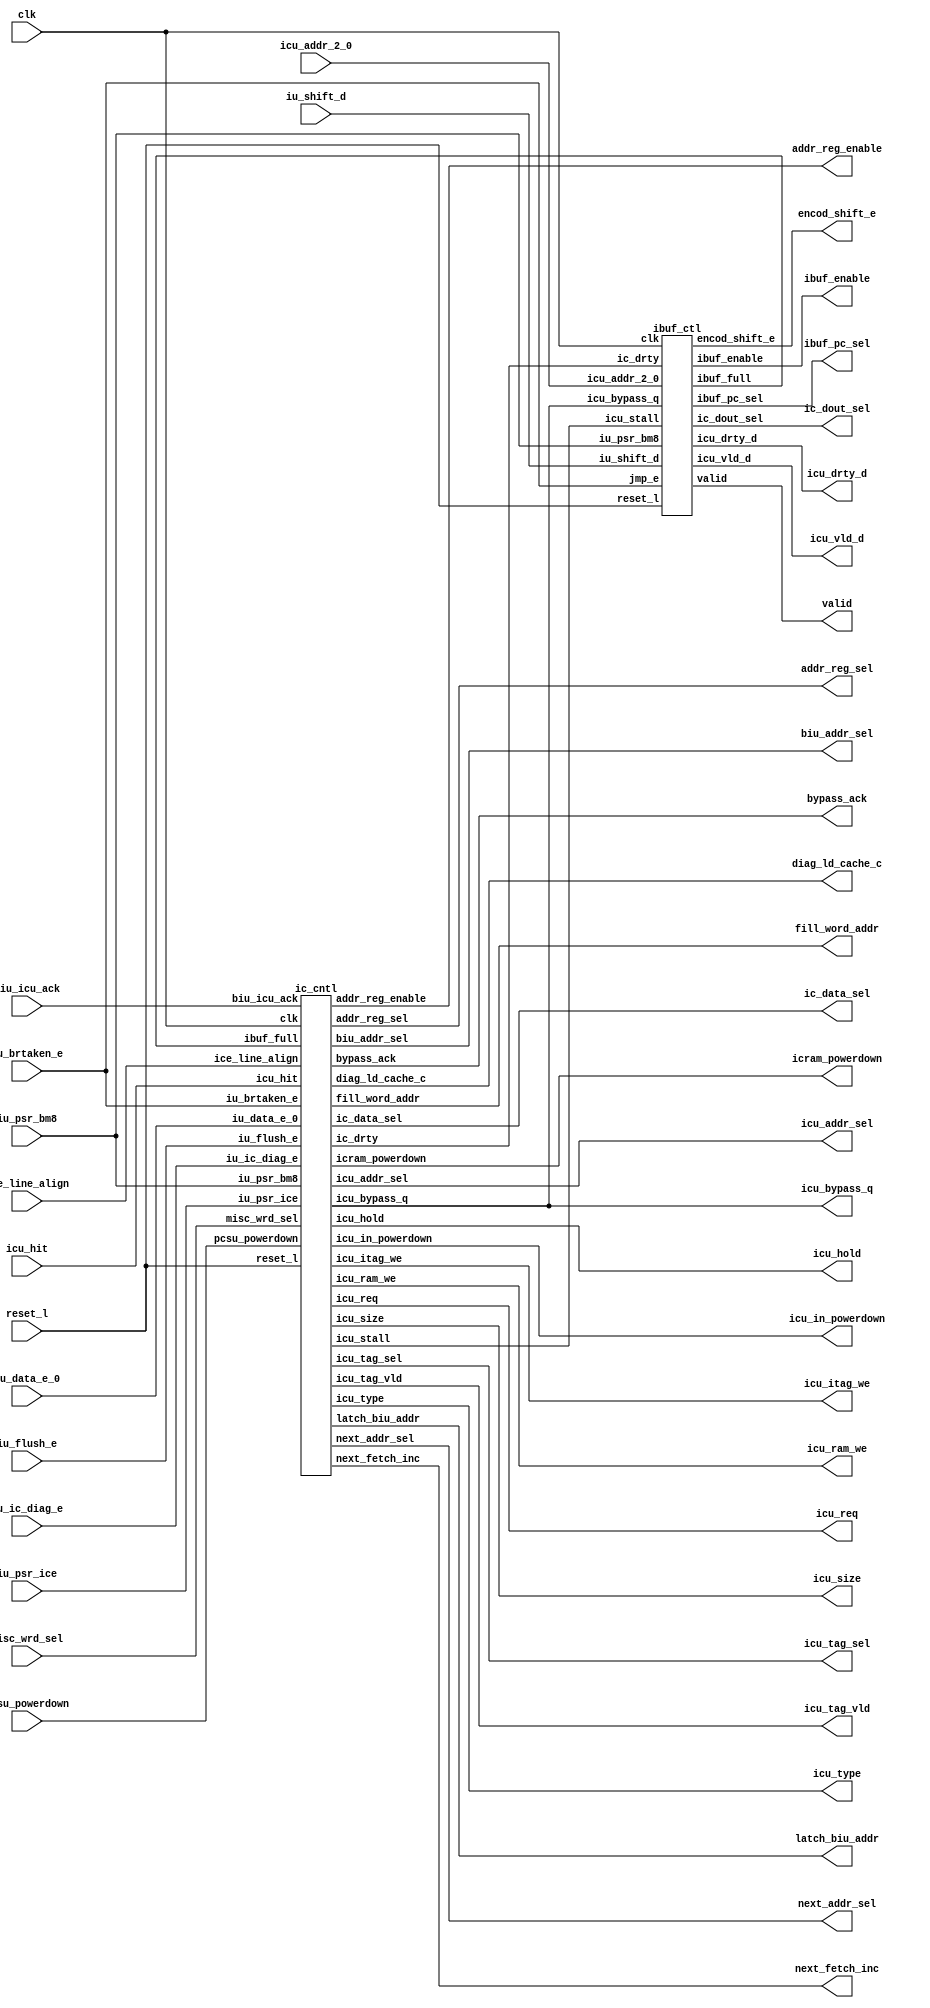
/****************************************************************
 ---------------------------------------------------------------
     Copyright 1999 Sun Microsystems, Inc., 901 San Antonio
     Road, Palo Alto, CA 94303, U.S.A.  All Rights Reserved.
     The contents of this file are subject to the current
     version of the Sun Community Source License, picoJava-II
     Core ("the License").  You may not use this file except
     in compliance with the License.  You may obtain a copy
     of the License by searching for "Sun Community Source
     License" on the World Wide Web at http://www.sun.com.
     See the License for the rights, obligations, and
     limitations governing use of the contents of this file.

     Sun, Sun Microsystems, the Sun logo, and all Sun-based
     trademarks and logos, Java, picoJava, and all Java-based
     trademarks and logos are trademarks or registered trademarks 
     of Sun Microsystems, Inc. in the United States and other
     countries.
 ----------------------------------------------------------------
******************************************************************/




module icctl (
    biu_icu_ack,       // input  (ic_cntl) <= ()
    clk,               // input  (ibuf_ctl,ic_cntl) <= ()
    icu_addr_2_0,      // input  (ibuf_ctl,ic_cntl) <= ()
    icu_hit,           // input  (ic_cntl) <= ()
    iu_brtaken_e,      // input  (ic_cntl) <= ()
    iu_data_e_0,       // input  (ic_cntl) <= ()
    iu_flush_e,        // input  (ic_cntl) <= ()
    iu_ic_diag_e,      // input  (ic_cntl) <= ()
    iu_psr_ice,        // input  (ic_cntl) <= ()
    iu_shift_d,        // input  (ibuf_ctl) <= ()
    reset_l,             // input  (ibuf_ctl,ic_cntl) <= ()
    pcsu_powerdown,    // input  (ic_cntl) <= ()	
    iu_psr_bm8,        // input  (ic_cntl, ibuf_ctl) <= (iu)
    next_fetch_inc,    // output (ic_cntl) => (icu_dpath)
    encod_shift_e,     // output (ibuf_ctl) => ()
    ibuf_pc_sel,       // output (ibuf_ctl) => ()
    icu_addr_sel,       // output (ic_cntl) => ()
    ibuf_enable,
    ic_data_sel,       // output (ic_cntl) => ()
    ic_dout_sel,       // output (ibuf_ctl) => ()
    icu_bypass_q,      // output (ic_cntl) => ()
    icu_drty_d,        // output (ibuf_ctl) => ()
    icu_itag_we,       // output (ic_cntl) => ()
    latch_biu_addr,    // output (ic_cntl) => ()
    icu_ram_we,        // output (ic_cntl) => ()
    icu_req,           // output (ic_cntl) => ()
    icu_size,          // output (ic_cntl) => ()
    icu_tag_sel,       // output (ic_cntl) => ()
    icu_tag_vld,       // output (ic_cntl) => ()
    icu_type,          // output (ic_cntl) => ()
    icu_vld_d,         // output (ibuf_ctl) => ()
    next_addr_sel,     // output (ic_cntl) => ()
    addr_reg_sel,     // output (ic_cntl) => ()
    addr_reg_enable,
    biu_addr_sel,     // output (ic_cntl) => ()
    diag_ld_cache_c,   // output (icctl) => (icu_dpath)
    icu_in_powerdown,  // output (icctl) => (pcsu)
    icram_powerdown,     // output (icctl) => (icu_dpath)	
    icu_hold,           // output (icctl) => (iu)
    valid,
    misc_wrd_sel,
    fill_word_addr,
    ice_line_align,
    bypass_ack
    );

input	[1:0]	biu_icu_ack;     // Acknowledge from biu that data from memory is available
input		clk;
input	[2:0]	icu_addr_2_0;    // bits 2:0 of icu_addr bus;
input		icu_hit;         // Icache Hit
input		iu_brtaken_e;    // branch taken in E stage
input		iu_data_e_0;     // bit 0 of iu data bus used for diagnostic writes
input		iu_flush_e;      // flush instruction in E stage
input	[3:0]	iu_ic_diag_e;    // diagnostic rd/wr to tags/ram
input		iu_psr_ice;      // Icache Enable in the PSR 
input	[7:0]	iu_shift_d;      // This tells how many times data should be	-- From iu
input		reset_l;
input           pcsu_powerdown;  // PCSU request for powerdown
input           iu_psr_bm8;      // 8 bit boot code enable from IU
input		ice_line_align;  //
output  [3:0]   next_fetch_inc;  // next_fetch_inc = 1, if iu_psr_bm8 is asserted,
                                 // otherwise next_fetch_inc = 4, if bypass
				 // next_fetch_inc = 8, if hit
output	[2:0]	encod_shift_e;   // Encoded value of registerd iu_shft_d to be used in ibuffer for
output	[1:0]	ibuf_pc_sel;     // This will select either the seq. pc or br pc -- To Ibuffer
output	[1:0]	icu_addr_sel;     // select addr input to the tags/data
output		ic_data_sel;     // select cache fill data or misc data for instruction ram
output	[11:0]	ic_dout_sel;     // These selcets will select one of the four 	-- To ibuff
output		icu_bypass_q;    // bypass data from the cache
output	[6:0]	icu_drty_d;      // Dirty outputs from the first 5 locations     -- To iu
output		icu_itag_we;     // Write enable to the tags
output		latch_biu_addr;  // cache miss
output  [1:0]	icu_ram_we;      // write enable to the inst ram
output		ibuf_enable;
output		icu_req;         // request memory on a cache miss
output	[1:0]	icu_size;        // size of transaction
output		icu_tag_sel;     // To select input to the tag ram. either mar or misc store.
output		icu_tag_vld;     // valid bit of the tag - to be written into tagram
output	[3:0]	icu_type;        // type of transaction
output	[6:0]	icu_vld_d;       // Valid outputs from the first 5 locations	-- To iu
output	[3:0]	next_addr_sel;   // select the correct next_addr to access cache
output	[1:0]	addr_reg_sel;   // select the correct next_addr to access cache
output		addr_reg_enable;   // select the correct next_addr to access cache
output	[1:0]	biu_addr_sel;
output		diag_ld_cache_c; // Diagnostic rd to ram
output          icu_in_powerdown;// ICU notifies PCSU it is ready for clock shut off.
output          icram_powerdown; // powerdown signal to RAM and TAG
output          icu_hold;        // hold iu pipe for diagnostic access when
                                 // there is outstanding transaction in ICU
output	[15:0]	valid;
input		misc_wrd_sel;
output	[1:0]	fill_word_addr;
output		bypass_ack;

wire		ibuf_full;
wire		ic_drty;
wire		icu_stall;
wire    [3:0]   next_fetch_inc;

ic_cntl ic_cntl (
    .icu_req       (icu_req),            // output (ic_cntl) => ()
    .icu_type      (icu_type[3:0]),      // output (ic_cntl) => ()
    .icu_size      (icu_size[1:0]),      // output (ic_cntl) => ()
    .icu_addr_sel  (icu_addr_sel[1:0]),   // output (ic_cntl) => ()
    .next_addr_sel (next_addr_sel[3:0]), // output (ic_cntl) => ()
    .addr_reg_sel   (addr_reg_sel), // output (ic_cntl) => ()
    .addr_reg_enable(addr_reg_enable), // output (ic_cntl) => ()
    .biu_addr_sel  (biu_addr_sel[1:0]),  // output (ic_cntl) => ()
    .ic_data_sel   (ic_data_sel),        // output (ic_cntl) => ()
    .icu_tag_sel   (icu_tag_sel),        // output (ic_cntl) => ()
    .ic_drty       (ic_drty),            // output (ic_cntl) => (ibuf_ctl)
    .icu_stall     (icu_stall),          // output (ic_cntl) => (ibuf_ctl)
    .icu_tag_vld   (icu_tag_vld),        // output (ic_cntl) => ()
    .icu_itag_we   (icu_itag_we),        // output (ic_cntl) => ()
    .icu_ram_we    (icu_ram_we[1:0]),    // output (ic_cntl) => ()
    .icu_bypass_q  (icu_bypass_q),       // output (ic_cntl) => ()
    .latch_biu_addr (latch_biu_addr),	 // output (ic_cntl) => ()
    .diag_ld_cache_c(diag_ld_cache_c),   // output (ic_cntl) => (icu_dpath)
    .icu_in_powerdown (icu_in_powerdown),// output (ic_cntl) => ()
    .icram_powerdown (icram_powerdown),	 // output (ic_cntl) => ()
    .icu_hold      (icu_hold),           // output (ic_cntl) => ()
    .iu_ic_diag_e  (iu_ic_diag_e[3:0]),  // input  (ic_cntl) <= ()
    .biu_icu_ack   (biu_icu_ack[1:0]),   // input  (ic_cntl) <= ()
    .iu_psr_ice    (iu_psr_ice),         // input  (ic_cntl) <= ()
    .iu_brtaken_e  (iu_brtaken_e),       // input  (ic_cntl) <= ()
    .iu_flush_e    (iu_flush_e),         // input  (ic_cntl) <= ()
    .ibuf_full     (ibuf_full),          // input  (ic_cntl) <= (ibuf_ctl)
    .icu_hit       (icu_hit),            // input  (ic_cntl) <= ()
    .iu_data_e_0   (iu_data_e_0),        // input  (ic_cntl) <= ()
    .pcsu_powerdown(pcsu_powerdown),     // input  (ic_cntl) <= ()
    .next_fetch_inc(next_fetch_inc),     // output (ic_cntl) =>(icu_dpath)
    .iu_psr_bm8	   (iu_psr_bm8),         // input  (ic_cntl,ibuf_ctl) <=(iu)
    .misc_wrd_sel  (misc_wrd_sel),	 // input  
    .fill_word_addr (fill_word_addr),	 // output	
    .ice_line_align(ice_line_align),
    .bypass_ack    (bypass_ack),
    .clk           (clk),                // input  (ibuf_ctl,ic_cntl) <= ()
    .reset_l       (reset_l)             // input  (ibuf_ctl,ic_cntl) <= ()
    );

ibuf_ctl ibuf_ctl (
    .ic_drty       (ic_drty),            // input  (ibuf_ctl) <= (ic_cntl)
    .ibuf_enable   (ibuf_enable),        // input  (ibuf_ctl) <= (ic_cntl)
    .icu_stall	   (icu_stall),
    .ic_dout_sel   (ic_dout_sel[11:0]),  // output (ibuf_ctl) => ()
    .icu_vld_d     (icu_vld_d[6:0]),     // output (ibuf_ctl) => ()
    .icu_drty_d    (icu_drty_d[6:0]),    // output (ibuf_ctl) => ()
    .ibuf_full     (ibuf_full),          // output (ibuf_ctl) => (ic_cntl)
    .iu_shift_d    (iu_shift_d[7:0]),    // input  (ibuf_ctl) <= ()
    .encod_shift_e (encod_shift_e[2:0]), // output (ibuf_ctl) => ()
    .icu_addr_2_0  (icu_addr_2_0[2:0]),  // input  (ibuf_ctl,ic_cntl) <= ()
    .ibuf_pc_sel   (ibuf_pc_sel[1:0]),   // output (ibuf_ctl) => ()
    .reset_l       (reset_l),            // input  (ibuf_ctl,ic_cntl) <= ()
    .jmp_e         (iu_brtaken_e),       // input  (ibuf_ctl) <= (ic_cntl)
    .valid	   (valid),
    .iu_psr_bm8    (iu_psr_bm8),         // input  (ibuf_ctl,ic_cntl) <= (iu)
    .icu_bypass_q  (icu_bypass_q),       // input  (ibuf_ctl) <= (ic_cntl)
    .clk           (clk)                 // input  (ibuf_ctl,ic_cntl) <= ()
    );


endmodule // icctl


module  ic_cntl(
	icu_addr_sel,
	next_addr_sel,
	addr_reg_sel,
	addr_reg_enable,
	biu_addr_sel,
	icu_tag_sel,
	ic_data_sel,
	icu_req,
	icu_type,
	icu_size,
	ic_drty,
	icu_stall,
	icu_tag_vld,
	icu_itag_we,
	icu_ram_we,
	icu_bypass_q,
	latch_biu_addr,
        diag_ld_cache_c,
  	fill_word_addr,
        icu_in_powerdown,
        icram_powerdown,
        next_fetch_inc, 

	// INPUTS
	iu_psr_bm8,
	iu_psr_ice,
	iu_flush_e,
	iu_ic_diag_e,
	iu_brtaken_e,
	ibuf_full,
	iu_data_e_0,
	icu_hit,
	biu_icu_ack,
        pcsu_powerdown,
	icu_hold,
	misc_wrd_sel,
	ice_line_align,
	bypass_ack,
	clk,
	reset_l
	);
	


output			icu_req;	// request memory on a cache miss
output	[3:0]		icu_type;	// type of transaction
output	[1:0]		icu_size;	// size of transaction
output	[1:0]		icu_addr_sel;	// select addr input to the tags/data
output	[3:0]		next_addr_sel;	// select the correct next_addr to access cache
output	[1:0]		addr_reg_sel;	// select the correct next_addr to access cache
output			addr_reg_enable;// enable to icu_addr_d1 latch
output  [1:0]           biu_addr_sel;
output			ic_data_sel;	// select cache fill data or misc data for instruction ram
output			icu_tag_sel;	// To select input to the tag ram. either mar or misc store.
output			ic_drty;	// Error acknowledge returned by memory
output			icu_stall;	// Stall to iu pipe for diagnostic rd/writes
output			icu_tag_vld;	// valid bit of the tag - to be written into tagram
output			icu_itag_we;	// Write enable to the tags
output	[1:0]		icu_ram_we;	// write enable to the inst ram
output			icu_bypass_q;	// bypass data from the cache
output			latch_biu_addr; // latch the memory addr (in case of cache miss)
output                  diag_ld_cache_c;// diagnostic rd to ram
output	[1:0]		fill_word_addr; //  word addr during fill
output                  icu_in_powerdown;// ICU notifies PCSU it is ready for clock shut off.
output                  icram_powerdown;// powerdown signal to RAM and TAG
output  [3:0]           next_fetch_inc; // next_fetch_inc = 1, if iu_psr_bm8 is asserted,
                                        // otherwise next_fetch_inc = 4, if bypass, 8, if hit
output			icu_hold;       // hold iu pipe for diagnostic access when
					// there is outstanding transaction in ICU 
input           	iu_psr_bm8;     // 8 bit boot code enable from IU
input	[3:0]		iu_ic_diag_e;	// diagnostic rd/wr to tags/ram
input	[1:0]		biu_icu_ack;	// Acknowledge from biu that data from memory is available
input			iu_psr_ice;	// Icache Enable in the PSR 
input			iu_brtaken_e;	// branch taken in E stage
input			iu_flush_e;	// flush instruction in E stage
input			ibuf_full;	// Ibuffer is full. (icache should go idle)
input			icu_hit;	// Icache Hit
input			iu_data_e_0;	// bit 0 of iu data bus used for diagnostic writes
input                   pcsu_powerdown; // PCSU request for powerdown
input			misc_wrd_sel;
input			ice_line_align;
output			bypass_ack;
input			clk;
input			reset_l;

wire			normal_ack;
wire			second_fill_cyc;
wire 			third_fill_cyc;
wire			fourth_fill_cyc;
wire			nc_fill_cyc;
wire			error_ack;
reg	[6:0]		ic_miss_state;
wire	[6:0]		next_miss_state;
wire			valid_diag_e;
wire			valid_diag_c;
wire			icu_miss;
wire			ic_idle;
wire			diag_st_cache_e;
wire			diag_ld_cache_e;
wire			diag_st_tag_e;
wire			diag_ld_tag_e;
wire			set_stall ;
wire			cache_fill_cyc;
wire			stall_valid;
wire			reset_d1_l ;
wire			jmp_e;
wire			fourth_fill_cyc_d1;
wire			nc_fill_cyc_d1;
wire			ic_idle_d1;
wire                    icram_powerdown;
wire 	[3:0]		next_fetch_inc;
wire 			qual_iu_flush_e; 
wire			icu_hold;
wire			nc_req;
wire			ic_req;
wire 			cacheable;
wire 			qual_iu_psr_ice;
wire 			qual_iu_psr_ice_q;
wire			icu_bypass_q;
wire			standby_d1;
wire			new_psr_ice;

// *****************************************************************************
// 
// iu_psr_ice does not become effective until the subsequent icu_addr_d1 
// becomes aligned on line boundary( ice_line_align=(icu_addr_d1[3:0] == 4'h0) ).
// This simplifies the ibuffer new_valid equations because with ice_line_align  
// used to qualify iu_psr_ice there should be no need to align the cached data 
// to fill the ibuffer in the middle. This corner case occurs in a scenario:
//
// The cache is on while ibuf's PC is on 2nd or 4th word. After the line has been 
// filled to I$, the 2nd or 4th word needs to be aligned and filled to Ibuffer.    
// This kind of alignment complicates the new_valid equations and verification
// work.  
// 
// With qual_iu_psr_ice, if there is any alignment, it must be caused by branch
// or trap and the data always fill from the first byte of the ibuffer. 
//
// ******************************************************************************


// qual_iu_psr_ice changes only when there is a fetch address in cache access
// stage along a cache line boundary.
wire    qual_iu_psr_ice_sel = ic_idle& ice_line_align & !valid_diag_c&!nc_fill_cyc_d1&!fourth_fill_cyc_d1;
assign  qual_iu_psr_ice = qual_iu_psr_ice_sel ? new_psr_ice : qual_iu_psr_ice_q;
 
// Latch the new PSR bit only when in idle.
ff_sre  iu_psr_ice_reg (    		.out(new_psr_ice),
                                        .din(iu_psr_ice),
                                        .clk(clk),
					.enable(ic_idle),
                                        .reset_l(reset_l)
                                        );

mj_s_ff_snr_d  qual_iu_psr_ice_reg (    .out(qual_iu_psr_ice_q),
                                        .in(qual_iu_psr_ice),
                                        .clk(clk),
                                        .reset_l(reset_l)
                                        );
 

wire    valid_diag_window  = valid_diag_e | valid_diag_c;

// **************************************************************
//
// Icu_hold is generated to hold iu pipe for diagnostic access 
// when there is outstanding transaction in ICU.
// 
// **************************************************************

assign  icu_hold = (|iu_ic_diag_e[3:0] | (iu_flush_e & iu_psr_ice ))
                    & !ic_idle;


// **************************************************************
//
// iu_flush_e needs to be qualified by iu_psr_ice
// iu_flush_e is treated as a nop if iu_psr_ice is set to zero
// iu_flush_e also needs to be qualified by ic_idle since the 
// Icache flush can only be carried out when there is no 
// outstanding ICU transaction.
//
// **************************************************************

assign qual_iu_flush_e= iu_flush_e & iu_psr_ice & ic_idle;

// temp connection
// assign pcsu_powerdown = 1'b0;

// **************************************************************
//
// 8 Bit Boot Code Mode: 
//
// To perform boot mode correctly you need to be 
// aware of the following pitfalls:
// 
// 1. The execution of the priv_write_prs instruction 
//    disables the boot mode. So, do NOT use the priv_write_prs 
//    instruction until after the branch to non-boot memory 
//    location occurs.
//
// 2. To execute the priv_write_prs without modifing the 
//    content, you need issue priv_read_prs before 
//    priv_write_prs. So, use these two instructions as a pair   
//    to perform disabling Boot Mode.
//
// 3. The pair MUST start at word boundary.
//
// 4. Four Nops are required to inserted after the priv_write_prs
//    in order to recover from boot mode to word acccess.   
//
// 5. The pj_boot8 pin needs to tied to HIGH.
//    
// To summarize the usage, the boot code should be written in the 
// style shown as below:
//
// (8 bit PROM)
// Boot_Start:  Instruction_1
//              Instruction_2
//              ...
//              goto Application  // Application program must
//                                // begin at word boundary
//
// (Non-boot Memory)
// Application: priv_read_reg_psr  // To avoid modifing psr,the
//                                 // content of psr is pushed
//		sipush 0xBFFF      // Zero the bit 14 (PSR.BM8)
//    		iand		   //
//              priv_write_reg_psr // Then disable boot mode by
//                                 // poping the content to psr
//
//              nop                // 4 nops are inserted to
//              nop                // recover from boot mode to 
//	        nop		   // word acccess
//              nop
//
// **************************************************************

assign next_fetch_inc =  iu_psr_bm8     ? 4'b0001: 
                         !qual_iu_psr_ice ? 4'b0100 : 4'b1000;  

// Decode of Various signals
assign	valid_diag_e = qual_iu_flush_e | iu_ic_diag_e[3] | iu_ic_diag_e[2] | 
                       iu_ic_diag_e[1] | iu_ic_diag_e[0] ;

// **************************************************************
// diag_xx_xxx_e 
//
// The following diag_xx_xxx_e signals need to be qualified by 
// ic_idle because the diagnostic access can only be carried out 
// when there is no outstanding ICU transaction.
// **************************************************************

wire    diag_ld_c;
assign  diag_st_cache_e = iu_ic_diag_e[3]& ic_idle;
assign  diag_ld_cache_e = iu_ic_diag_e[2]& ic_idle;
assign  diag_st_tag_e   = iu_ic_diag_e[1]& ic_idle;
assign  diag_ld_tag_e   = iu_ic_diag_e[0]& ic_idle;

mj_s_ff_snr_d  diag_ld_c_reg (	.out(diag_ld_c),
				.in(diag_ld_cache_e|diag_ld_tag_e),
		                .clk(clk),
                      		.reset_l(reset_l)
				);

// Generate a miss only if in idle state and no diagnostic rd/wr in C stage.
// diagnostics should not generate any misses. but , at the same time they
// should generate a stall for ibuffer, so that it ignores data on the bus to 
// ibuffer.

// *** NOTE ***
// To suppress cache enable during the boot mode qual_iu_psr_ice needs to be
// negated by iu_psr_bm8.

assign  icu_miss =  (!qual_iu_psr_ice |iu_psr_bm8 | (!icu_hit) )
		    & ic_idle & !valid_diag_c&!fourth_fill_cyc_d1&!nc_fill_cyc_d1&!ic_drty;

// we latch on a miss or if there is a diagnostic rd/wr in c stage. we dont
// want to latch that address, as it is not in the instruction code flow.

// Note: latch_biu_addr means close biu_addr register. We use !latch_biu_addr
//       to latch the new icu_addr. So icu_miss is removed.


assign	fill_word_addr[1] = ic_miss_state[4] | ic_miss_state[5];
assign	fill_word_addr[0] = ic_miss_state[3] | ic_miss_state[5];

assign latch_biu_addr =   valid_diag_c | !ic_idle  ;

assign	normal_ack = biu_icu_ack[0] & !biu_icu_ack[1] ;
assign	error_ack  = biu_icu_ack[1] ;
assign  bypass_ack = normal_ack | error_ack;

// Delay ic_drty by one clock, as data

mj_s_ff_s_d  ic_drty_reg (	.out(ic_drty),
				.in(biu_icu_ack[1]),
                      		.clk(clk)
				);

// Delay ic_miss_state[2] by one clock to qualify icu_req 


mj_s_ff_snr_d  diag_ld_cache_c_reg (	.out(diag_ld_cache_c),
                        		.in(diag_ld_cache_e),
                        		.clk(clk),
                        		.reset_l(reset_l)
					);

mj_s_ff_snr_d  valid_diag_c_reg (	.out(valid_diag_c),
					.in(valid_diag_e),
					.clk(clk),
					.reset_l(reset_l)
					);

mj_s_ff_s_d  reset_reg (	.out(reset_d1_l),
	                        .in(reset_l),
	                        .clk(clk)
				);


// Generation of Mux selects
// Decreasing Priority for address buses
// 1. Reset 
// 2. Cache fill
// 3. Valid Diagnostic in E stage
// 4. Stalled branch/Trap pc
// 5. trap/branch 
// 6. ibuffer full
// 7. next sequential pc

// Select br_pc or next_addr. if I$ miss handling in progress, branch gets
// lower priority.
assign	icu_addr_sel[1]	=  jmp_e&(ic_idle&reset_d1_l);
assign	icu_addr_sel[0]	= ~icu_addr_sel[1];

// Mux used to latch the next sequential addr or branch addr.
assign	addr_reg_sel[1]	=  jmp_e;
assign	addr_reg_sel[0]	=  ~jmp_e;	

// used to latch branch addr or next sequential addr.
// latch contents if standby,ibuffer is full or diagnostic ld/st or I$ miss when I$ is On.
// we reissue the addr after fill is done. For noncacheable, the data is directly given to
// ibuffer.
assign	addr_reg_enable =  jmp_e | !( standby_d1|ibuf_full|valid_diag_window | !ic_idle |icu_miss |
				stall_valid | fourth_fill_cyc_d1);

// select cache fill address for reset or when not in idle mode
// select iu_addr_e for diagnostic rd/wr
// reissue addr for branch pending,ibuffer full, for cycle after cache misses,or valid diagnostic.
// else next addr.
// note: diagnostics in E and C freeze the fetch pipe.once the diagnostic rd/wr is done,we continue
// with the same fetch in C

assign	next_addr_sel[3] = ~reset_d1_l | !ic_idle ;
assign	next_addr_sel[2] = valid_diag_e&ic_idle&reset_d1_l;
assign	next_addr_sel[1] = (stall_valid|ibuf_full| fourth_fill_cyc_d1|valid_diag_c)&reset_d1_l&ic_idle&~valid_diag_e;
assign	next_addr_sel[0] = ~stall_valid&~ibuf_full&reset_d1_l&ic_idle&~valid_diag_e&~fourth_fill_cyc_d1;


assign  biu_addr_sel[1]  = ic_miss_state[2]|(ic_idle&cacheable);
assign  biu_addr_sel[0]  = !biu_addr_sel[1];

// Generation of Stall valid 
// When a branch is taken or trap occurs and icache is busy doing a cache fill,
// we stall the branch till the fill is done and then the branch is taken.
// to keep track of the jump, we use signal stall_valid

// Generation of standby_d1:
// If Powerdown occurs at idle state, after powerdown ends 
// the state machine enters idle state again, The assertion of !icu_stall 
// should be inhibited by asserting set_stall because no valid data is available.   
// 
// However if powerdown occurs on executing goto within a line , then
// after powerdown ends the state machine enters idle state and generates 
// !icu_stall because the pending goto has a hit. 
// The assertion of !icu_stall should NOT be inhibited for this case.   


mj_s_ff_s_d  standby_d1_reg (	.out(standby_d1),
                                .in(icu_in_powerdown),
                                .clk(clk)
				);

assign	set_stall =  (iu_brtaken_e) & !ic_idle | 
                     (stall_valid & !ic_idle);

// Generation of miss due to branch or trap

mj_s_ff_snr_d  set_stall_reg (	.out(stall_valid),
			        .in(set_stall),
			        .clk(clk),
			        .reset_l(reset_l)
				);

assign	jmp_e	= iu_brtaken_e;

// Select input to tag ram
// when there is data coming back from memory, select MAR for tag input
assign	icu_tag_sel = normal_ack | (ic_idle & !valid_diag_e) ;

// select input to inst ram
// when there is data coming back from memory, select biu data from data input
assign	ic_data_sel = normal_ack | error_ack ;


// Generation of Write Enables for RAMs/TAGs
// write to tags during the last cycle of cache fill or during diagnostic writes to tags
// we write to the tags in both the cycles. in the first cycle, we invalidate the
// tag. In the second cycle , we validate the tag. This way  we avoid wierd
// corner cases when part of new data has been written into and the transaction
// is cancelled due to diagnostic wr/rd or error acks.

assign	icu_itag_we	=  cache_fill_cyc |  diag_st_tag_e | qual_iu_flush_e;
assign	icu_ram_we[1]	=  ((ic_miss_state[2]|ic_miss_state[4]) & normal_ack) |
                           (diag_st_cache_e & !misc_wrd_sel);
assign	icu_ram_we[0]	=  ((ic_miss_state[3]|ic_miss_state[5]) & normal_ack) |
			   (diag_st_cache_e & misc_wrd_sel);
wire    icu_bypass      =  ic_miss_state[1] | error_ack;

mj_s_ff_s_d  icu_bypass_reg (	.out(icu_bypass_q),
                                .in(icu_bypass),
                                .clk(clk)
				);


// Generation of Valid bit for Tags
// valid bit set whenever cache fill is done or during a diagnostic write .
assign	icu_tag_vld 	=  ((ic_miss_state[5] & normal_ack) | diag_st_tag_e & iu_data_e_0)& !qual_iu_flush_e ;

// Generation of icu_stall signal
// icu_stall becomes high if
//   . or if there's an i$ miss 
//   . or if i$ is not idle and the first fill data is not back yet
// * or if there is an outstanding branch/trap and
// 	or if there is a valid diagnostic in C stage and 1 clock after reset.(no valid data)


wire           valid_diag_window_d1;

mj_s_ff_s_d  valid_diag_window_flop (	.out(valid_diag_window_d1),
		                        .in(valid_diag_window),
		                        .clk(clk)
					);

// no valid data on cache miss or during cache miss transaction. but,during nc accesses, when data
// is back, we accept it even if cache miss is indicated. Also, for cache misses when the Icache is
// ON, when the data is written into the I$, the last cycle is ignored(fourth_fill_cyc_d1).bcos,
// the addr is issued again and the correct data is available a cycle later.

assign icu_stall = (icu_miss )| (!ic_idle| valid_diag_window | stall_valid | ibuf_full | standby_d1 
			|!reset_d1_l | fourth_fill_cyc_d1);
			


// For generation of icu_stall (signal which informs ibuffer that data on bus to ibuffer is invalid)
// we need to generate a signal fourth_fill_cyc_d1 which indicates that the  fourth word being 
// written into the icache in this cycle. Thus, any hit obtained due to this 
// new write is nullified and thus icu_stall remains valid.

mj_s_ff_snr_d  nc_fill_cyc_flop (	.out(nc_fill_cyc_d1),
					.in(nc_fill_cyc&~stall_valid),
					.clk(clk),
					.reset_l(reset_l)
					);

mj_s_ff_snr_d  fourth_fill_cyc_flop (	.out(fourth_fill_cyc_d1),
					.in(fourth_fill_cyc&~stall_valid),
					.clk(clk),
					.reset_l(reset_l)
					);

/************** ICACHE  MISS STATE MACHINE ******************/

assign          ic_idle         = ic_miss_state[0];
assign          nc_req          = ic_miss_state[1];
assign          icu_req         = ic_miss_state[1] | ic_miss_state[2];
assign          ic_req          = ic_miss_state[2]|ic_miss_state[3]|ic_miss_state[4]|
				  ic_miss_state[5];


assign		second_fill_cyc	= (ic_miss_state[3] & (normal_ack | error_ack));

assign		third_fill_cyc	= (ic_miss_state[4] & (normal_ack | error_ack));

assign		fourth_fill_cyc	= (ic_miss_state[5] & (normal_ack | error_ack));

assign		nc_fill_cyc	= ic_miss_state[1] & (normal_ack | error_ack) ;

assign		cache_fill_cyc  = (ic_miss_state[2]|ic_miss_state[3]|ic_miss_state[4]|
                                   ic_miss_state[5]) & (normal_ack | error_ack);

assign		icu_type[0]	= 1'b0;	// always a load
assign		icu_type[1]	= ic_miss_state[1];// noncacheable if icache turned off
assign		icu_type[2]	= 1'b0;		// for icache req - 0
assign		icu_type[3]     = 1'b0;		// for icache req = 0

assign		icu_size[0]     = 1'b0;
assign		icu_size[1]     = !iu_psr_bm8;

assign 		cacheable       = qual_iu_psr_ice & !iu_psr_bm8;

   
assign  next_miss_state[6:0]    =       miss_state( ic_miss_state[6:0],
					valid_diag_window,
                                        icu_miss,
                                        normal_ack,
                                        cacheable,
                                        error_ack,
					pcsu_powerdown,
					jmp_e,
                                        ibuf_full);

// triquest state_vector {ic_miss_state[6:1] ic_miss_state[0]} ICU_MISS_STATE enum ICU_MISS_STATE_ENUM
always @(posedge clk)
  if (~reset_l)
    ic_miss_state = 7'b0000001;
  else
    ic_miss_state = next_miss_state;

initial ic_miss_state = 7'b0000001;

mj_s_ff_s_d  ic_idle_d1_reg (	.out(ic_idle_d1),
			        .in(ic_idle),
			        .clk(clk)
				);

// **************************************************************
//
// Power Down Feature for ICU: 
//
// Most RAM cells have a pin to disable all functions
// except for the retaining of data in order to reduce
// power consumption.
//
// Normal Power Down Mode:
//
// ICU enters the normal power down state
// when ICU is waiting for NC data or the missed data.
// A signal, icram_powerdown is asserted in this state and
// the state remains unchanged until normal_ack returns or
// valid_diag_e occurs.
//
// As an option, the signal, icram_powerdown can be
// connected to a powerdown pin of the RAM megacell.
//
// Standby Power Down Mode:
//
// State machine enters the standby power down state
// after PCSU asserts pcsu_powerdown signals and ICU
// completes the pending access.
// In this state,  a signal, icu_in_powerdown will be
// asserted to PCSU. Then PCSU shuts off the clock to ICU.
//
// Notes:
//
//   1. The powerdown pin is a registered input to RAM cell.
//
//   2. The powerdown signal should be set up before the 
//      rising edge of the clock.
//          
//   3. All inputs except powerdown signal are ignored during
//      the powerdown mode.
// Diagram:
//                    ______        ______        ______
//   clk       ______/      \______/      \______/      \_
//                                             
//                                        Tsetup | Thold
//                  _________________________    | 
//   powerdown ____/                         \____________
//				                 |
//   inputs    _____________________________  _____  ____
//                     Ignored              \/valid\/
//             _____________________________/\_____/\____
//
// **************************************************************

assign icram_powerdown = !ic_idle & !normal_ack & !valid_diag_window;
assign icu_in_powerdown = ic_miss_state[6] & !jmp_e;


function [6:0] 	miss_state ;
 
input   [6:0]  	cur_state ;
input		valid_diag_window;
input          	icu_miss ;
input          	normal_ack;
input          	cacheable ;
input          	error_ack ;
input          	pcsu_powerdown;
input           jmp_e;
input           ibuf_full;
 
reg     [6:0]  	next_state;

// State Encoding
parameter // triquest enum ICU_MISS_STATE_ENUM
        IDLE            = 7'b0000001,
	NC_REQ_STATE	= 7'b0000010,
        REQ_STATE       = 7'b0000100,
        FILL_2ND_WD     = 7'b0001000,
        REQ_STATE2      = 7'b0010000,
        FILL_4TH_WD     = 7'b0100000,
        STANDBY_PWR_DN  = 7'b1000000; 
begin
 
case    (cur_state)     // synopsys parallel_case
        IDLE:   begin
                if (pcsu_powerdown & !jmp_e & !valid_diag_window) begin
                next_state = STANDBY_PWR_DN;
                end
                else if (valid_diag_window | ibuf_full | jmp_e) begin
                next_state = cur_state;
                end
                else if(icu_miss&!cacheable) begin
                next_state = NC_REQ_STATE ;
                end
		else if (icu_miss&cacheable) begin
		next_state = REQ_STATE;
		end
                else    next_state = cur_state ;
        end

	NC_REQ_STATE: begin
                if(normal_ack| error_ack) begin
                next_state = IDLE ;
                end
                else    next_state = cur_state ;
        end

        REQ_STATE: begin
                if (normal_ack) begin
                next_state = FILL_2ND_WD;
                end
                else if (error_ack) begin
                next_state = IDLE ;
                end
                else next_state = cur_state ;
 	end
 
        FILL_2ND_WD: begin
                if(normal_ack) begin
                next_state = REQ_STATE2;
                end
                else if (error_ack) begin
                next_state = IDLE ;
                end
                else next_state = cur_state ;
        end

        REQ_STATE2: begin
                if(normal_ack) begin
                next_state = FILL_4TH_WD;
                end
                else if (error_ack) begin
                next_state = IDLE ;
                end
                else next_state = cur_state ;
        end

        FILL_4TH_WD: begin
                if(normal_ack| error_ack) begin
                next_state = IDLE;
                end
                else next_state = cur_state ;
        end

        STANDBY_PWR_DN: begin
                if(!pcsu_powerdown | jmp_e ) begin
                next_state = IDLE;
                end
                else next_state = STANDBY_PWR_DN;
        end

        default:        next_state = 7'b0;

endcase
miss_state = next_state ;
end
endfunction // miss_state

endmodule // ic_cntl


module ibuf_ctl (

	ic_drty,
	icu_stall,
	ibuf_enable,
	ic_dout_sel,
	icu_vld_d,
	icu_drty_d,
	ibuf_full,
	iu_shift_d,
	encod_shift_e,
	icu_addr_2_0,
	ibuf_pc_sel,
	reset_l,
	jmp_e,
	valid,
	iu_psr_bm8,
	icu_bypass_q,
	clk
);

input		ic_drty;		// This bit tells that data from Icache is 	-- From iu
					// dirty
input		icu_stall;		// Ecache miss signal				-- From iu
output	[11:0]	ic_dout_sel;		// These selects will select one of the eight 	-- To ibuff
					// bytes from bypass/icache to ibuffer
					// Icache or following buffers in ibuffer
output	[6:0]	icu_vld_d;		// Valid outputs from the first 5 locations	-- To iu
output	[6:0]	icu_drty_d;		// Dirty outputs from the first 5 locations     -- To iu
output		ibuf_full;		// This tells that Ibuffer is full		-- To iu
input	[7:0]	iu_shift_d;		// This tells how many times data should be	-- From iu
					// shifted
output	[2:0]	encod_shift_e;		// Encoded value of iu_shft_e to be used in ibuffer for
					// calculating the value of the address of the first
					// datum in the ibuffer
input	[2:0]	icu_addr_2_0;		// The lower 3 bits of the PC			-- From iu
output	[1:0]	ibuf_pc_sel;		// This will select either the seq. pc or br pc -- To Ibuffer
output		ibuf_enable;
output	[15:0]	valid;			// Valid bits of ibuffer entries
input		reset_l;
input		jmp_e;
input		iu_psr_bm8;             // 8 bit boot code enable from IU               -- From iu
input		icu_bypass_q;
input		clk;

wire	[3:0]	ic_dout_sel_ext;
wire	[15:0]	dirty;
wire	[15:0]	new_valid;
wire	[15:0]	new_dirty;
wire	[15:0]	buf_ic_valid;
wire	[15:0]	buf_ic_drty;
wire		ibuf_en;
wire		squash_vld;
wire	[15:0]	ic_fill_sel;

assign	ibuf_enable =  !icu_stall |!iu_shift_d[0];
assign	ibuf_en	    =  !icu_stall | !iu_shift_d[0] | jmp_e;




ibuf_ctl_slice	ibuf_ctl_0 (.valid_bits(buf_ic_valid[7:1]),
			.dirty_bits(buf_ic_drty[7:1]),
			.shft_dsel(iu_shift_d[7:0]),
			.valid_out(valid[0]),
			.dirty_out(dirty[0]),
			.buf_ic_drty(buf_ic_drty[0]),
			.buf_ic_valid(buf_ic_valid[0]),
			.jmp_e	(jmp_e),
			.ibuf_en(ibuf_en),
			.icu_stall(icu_stall),
			.fill_sel(ic_fill_sel[0]),
			.new_valid(new_valid[0]),
			.new_dirty(new_dirty[0]),
			.reset_l(reset_l),
			.clk(clk));
			
ibuf_ctl_slice	ibuf_ctl_1 (.valid_bits(buf_ic_valid[8:2]),
			.dirty_bits(buf_ic_drty[8:2]),
			.shft_dsel(iu_shift_d[7:0]),
			.valid_out(valid[1]),
			.dirty_out(dirty[1]),
			.buf_ic_drty(buf_ic_drty[1]),
			.buf_ic_valid(buf_ic_valid[1]),
			.icu_stall(icu_stall),
			.jmp_e	(jmp_e),
			.ibuf_en(ibuf_en),
			.fill_sel(ic_fill_sel[1]),
			.new_valid(new_valid[1]),
			.new_dirty(new_dirty[1]),
			.reset_l(reset_l),
			.clk(clk));

ibuf_ctl_slice  ibuf_ctl_2 (.valid_bits(buf_ic_valid[9:3]),
                        .dirty_bits(buf_ic_drty[9:3]),
                        .shft_dsel(iu_shift_d[7:0]),
			.ibuf_en(ibuf_en),
                        .valid_out(valid[2]),
			.icu_stall(icu_stall),
                        .dirty_out(dirty[2]),
			.buf_ic_drty(buf_ic_drty[2]),
			.buf_ic_valid(buf_ic_valid[2]),
			.fill_sel(ic_fill_sel[2]),
			.jmp_e	(jmp_e),
                        .new_valid(new_valid[2]),
                        .new_dirty(new_dirty[2]),
                        .reset_l(reset_l),
                        .clk(clk));

ibuf_ctl_slice  ibuf_ctl_3 (.valid_bits(buf_ic_valid[10:4]),
                        .dirty_bits(buf_ic_drty[10:4]),
                        .shft_dsel(iu_shift_d[7:0]),
                        .valid_out(valid[3]),
                        .dirty_out(dirty[3]),
			.buf_ic_drty(buf_ic_drty[3]),
			.buf_ic_valid(buf_ic_valid[3]),
			.ibuf_en(ibuf_en),
			.fill_sel(ic_fill_sel[3]),
			.icu_stall(icu_stall),
			.jmp_e	(jmp_e),
                        .new_valid(new_valid[3]),
                        .new_dirty(new_dirty[3]),
                        .reset_l(reset_l),
                        .clk(clk));

ibuf_ctl_slice  ibuf_ctl_4 (.valid_bits(buf_ic_valid[11:5]),
                        .dirty_bits(buf_ic_drty[11:5]),
                        .shft_dsel(iu_shift_d[7:0]),
                        .valid_out(valid[4]),
                        .dirty_out(dirty[4]),
			.buf_ic_drty(buf_ic_drty[4]),
			.buf_ic_valid(buf_ic_valid[4]),
			.jmp_e	(jmp_e),
			.fill_sel(ic_fill_sel[4]),
			.icu_stall(icu_stall),
			.ibuf_en(ibuf_en),
                        .new_valid(new_valid[4]),
                        .new_dirty(new_dirty[4]),
                        .reset_l(reset_l),
                        .clk(clk));

ibuf_ctl_slice  ibuf_ctl_5 (.valid_bits(buf_ic_valid[12:6]),
                        .dirty_bits(buf_ic_drty[12:6]),
                        .shft_dsel(iu_shift_d[7:0]),
                        .valid_out(valid[5]),
                        .dirty_out(dirty[5]),
			.buf_ic_drty(buf_ic_drty[5]),
			.buf_ic_valid(buf_ic_valid[5]),
			.jmp_e	(jmp_e),
			.icu_stall(icu_stall),
			.fill_sel(ic_fill_sel[5]),
                        .new_valid(new_valid[5]),
			.ibuf_en(ibuf_en),
                        .new_dirty(new_dirty[5]),
                        .reset_l(reset_l),
                        .clk(clk));

ibuf_ctl_slice  ibuf_ctl_6 (.valid_bits(buf_ic_valid[13:7]),
                        .dirty_bits(buf_ic_drty[13:7]),
                        .shft_dsel(iu_shift_d[7:0]),
                        .valid_out(valid[6]),
                        .dirty_out(dirty[6]),
			.buf_ic_drty(buf_ic_drty[6]),
			.buf_ic_valid(buf_ic_valid[6]),
                        .new_valid(new_valid[6]),
			.jmp_e	(jmp_e),
			.icu_stall(icu_stall),
			.ibuf_en(ibuf_en),
			.fill_sel(ic_fill_sel[6]),
                        .new_dirty(new_dirty[6]),
                        .reset_l(reset_l),
                        .clk(clk));

ibuf_ctl_slice  ibuf_ctl_7 (.valid_bits(buf_ic_valid[14:8]),
                        .dirty_bits(buf_ic_drty[14:8]),
                        .shft_dsel(iu_shift_d[7:0]),
                        .valid_out(valid[7]),
                        .dirty_out(dirty[7]),
			.buf_ic_drty(buf_ic_drty[7]),
			.buf_ic_valid(buf_ic_valid[7]),
			.jmp_e	(jmp_e),
			.ibuf_en(ibuf_en),
			.icu_stall(icu_stall),
			.fill_sel(ic_fill_sel[7]),
                        .new_valid(new_valid[7]),
                        .new_dirty(new_dirty[7]),
                        .reset_l(reset_l),
                        .clk(clk));

ibuf_ctl_slice  ibuf_ctl_8 (.valid_bits(buf_ic_valid[15:9]),
                        .dirty_bits(buf_ic_drty[15:9]),
                        .shft_dsel(iu_shift_d[7:0]),
                        .valid_out(valid[8]),
                        .dirty_out(dirty[8]),
			.buf_ic_drty(buf_ic_drty[8]),
			.buf_ic_valid(buf_ic_valid[8]),
			.jmp_e	(jmp_e),
			.ibuf_en(ibuf_en),
			.icu_stall(icu_stall),
			.fill_sel(ic_fill_sel[8]),
                        .new_valid(new_valid[8]),
                        .new_dirty(new_dirty[8]),
                        .reset_l(reset_l),
                        .clk(clk));

ibuf_ctl_slice  ibuf_ctl_9 (.valid_bits({1'b0,buf_ic_valid[15:10]}),
                        .dirty_bits({1'b0,buf_ic_drty[15:10]}),
                        .shft_dsel(iu_shift_d[7:0]),
                        .valid_out(valid[9]),
			.jmp_e	(jmp_e),
			.fill_sel(ic_fill_sel[9]),
			.ibuf_en(ibuf_en),
			.icu_stall(icu_stall),
                        .dirty_out(dirty[9]),
			.buf_ic_drty(buf_ic_drty[9]),
			.buf_ic_valid(buf_ic_valid[9]),
                        .new_valid(new_valid[9]),
                        .new_dirty(new_dirty[9]),
                        .reset_l(reset_l),
                        .clk(clk));

ibuf_ctl_slice  ibuf_ctl_10 (.valid_bits({2'b0,buf_ic_valid[15:11]}),
                        .dirty_bits({2'b0,buf_ic_drty[15:11]}),
                        .shft_dsel(iu_shift_d[7:0]),
                        .valid_out(valid[10]),
                        .dirty_out(dirty[10]),
			.buf_ic_drty(buf_ic_drty[10]),
			.buf_ic_valid(buf_ic_valid[10]),
			.fill_sel(ic_fill_sel[10]),
			.jmp_e	(jmp_e),
			.icu_stall(icu_stall),
                        .new_valid(new_valid[10]),
			.ibuf_en(ibuf_en),
                        .new_dirty(new_dirty[10]),
                        .reset_l(reset_l),
                        .clk(clk));

ibuf_ctl_slice  ibuf_ctl_11 (.valid_bits({3'b0,buf_ic_valid[15:12]}),
                        .dirty_bits({3'b0,buf_ic_drty[15:12]}),
                        .shft_dsel(iu_shift_d[7:0]),
                        .valid_out(valid[11]),
                        .dirty_out(dirty[11]),
			.buf_ic_drty(buf_ic_drty[11]),
			.buf_ic_valid(buf_ic_valid[11]),
			.jmp_e	(jmp_e),
			.fill_sel(ic_fill_sel[11]),
			.icu_stall(icu_stall),
			.ibuf_en(ibuf_en),
                        .new_valid(new_valid[11]),
                        .new_dirty(new_dirty[11]),
                        .reset_l(reset_l),
                        .clk(clk));

ibuf_ctl_slice  ibuf_ctl_12 (.valid_bits({4'b0,buf_ic_valid[15:13]}),
                        .dirty_bits({4'b0,buf_ic_drty[15:13]}),
                        .shft_dsel(iu_shift_d[7:0]),
                        .valid_out(valid[12]),
                        .dirty_out(dirty[12]),
			.buf_ic_drty(buf_ic_drty[12]),
			.buf_ic_valid(buf_ic_valid[12]),
			.jmp_e	(jmp_e),
			.fill_sel(ic_fill_sel[12]),
			.icu_stall(icu_stall),
			.ibuf_en(ibuf_en),
                        .new_valid(new_valid[12]),
                        .new_dirty(new_dirty[12]),
                        .reset_l(reset_l),
                        .clk(clk));

ibuf_ctl_slice  ibuf_ctl_13 (.valid_bits({5'b0,buf_ic_valid[15:14]}),
                        .dirty_bits({5'b0,buf_ic_drty[15:14]}),
                        .shft_dsel(iu_shift_d[7:0]),
                        .valid_out(valid[13]),
                        .dirty_out(dirty[13]),
			.buf_ic_drty(buf_ic_drty[13]),
			.buf_ic_valid(buf_ic_valid[13]),
			.jmp_e	(jmp_e),
			.fill_sel(ic_fill_sel[13]),
			.icu_stall(icu_stall),
			.ibuf_en(ibuf_en),
                        .new_valid(new_valid[13]),
                        .new_dirty(new_dirty[13]),
                        .reset_l(reset_l),
                        .clk(clk));

ibuf_ctl_slice  ibuf_ctl_14 (.valid_bits({6'b0,buf_ic_valid[15]}),
                        .dirty_bits({6'b0,buf_ic_drty[15]}),
                        .shft_dsel(iu_shift_d[7:0]),
                        .valid_out(valid[14]),
                        .dirty_out(dirty[14]),
			.buf_ic_drty(buf_ic_drty[14]),
			.buf_ic_valid(buf_ic_valid[14]),
			.jmp_e	(jmp_e),
			.fill_sel(ic_fill_sel[14]),
			.icu_stall(icu_stall),
			.ibuf_en(ibuf_en),
                        .new_valid(new_valid[14]),
                        .new_dirty(new_dirty[14]),
                        .reset_l(reset_l),
                        .clk(clk));

ibuf_ctl_slice  ibuf_ctl_15 (.valid_bits(7'b0),
                        .dirty_bits(7'b0),
                        .shft_dsel(iu_shift_d[7:0]),
                        .valid_out(valid[15]),
                        .dirty_out(dirty[15]),
			.buf_ic_drty(buf_ic_drty[15]),
			.buf_ic_valid(buf_ic_valid[15]),
			.jmp_e	(jmp_e),
			.fill_sel(ic_fill_sel[15]),
			.icu_stall(icu_stall),
			.ibuf_en(ibuf_en),
                        .new_valid(new_valid[15]),
                        .new_dirty(new_dirty[15]),
                        .reset_l(reset_l),
                        .clk(clk));

// New Valid bits generated due to a cache fill

// Use dword_align to avoid filling a word to ibuf when
// the word is not double-word aligned at cache mode.


wire    dword_align  =  (icu_addr_2_0 == 3'b000);

assign	new_valid[0] =  1'b1;

assign	new_valid[1] =  ((!icu_bypass_q & !icu_addr_2_0[2]) | !(icu_addr_2_0[1] & icu_addr_2_0[0])
			 & !iu_psr_bm8)| (ic_fill_sel[0] & iu_psr_bm8);

assign	new_valid[2] =  (((!icu_bypass_q & !icu_addr_2_0[2]) | !icu_addr_2_0[1])
			 & !iu_psr_bm8)| (ic_fill_sel[1] & iu_psr_bm8);

assign	new_valid[3] =  (((!icu_bypass_q & !icu_addr_2_0[2])|(!icu_addr_2_0[1] & !icu_addr_2_0[0]))
                         & !iu_psr_bm8)| (ic_fill_sel[2] & iu_psr_bm8);

assign	new_valid[4] =  ((!icu_bypass_q & !icu_addr_2_0[2]) | 
                         (icu_bypass_q & ic_fill_sel[0] ) 
                         & !iu_psr_bm8) | ic_fill_sel[3];

assign	new_valid[5] =  ((!icu_bypass_q & (!icu_addr_2_0[2] & !(icu_addr_2_0[1] & icu_addr_2_0[0]))) |
                         (icu_bypass_q & ic_fill_sel[1] ) 
                         & !iu_psr_bm8) | ic_fill_sel[4];

assign	new_valid[6] =  ((!icu_bypass_q & !icu_addr_2_0[2] & !icu_addr_2_0[1]) |
                         (icu_bypass_q & ic_fill_sel[2] )
                         & !iu_psr_bm8) | ic_fill_sel[5];

assign	new_valid[7] =  (!icu_bypass_q & !icu_addr_2_0[2] & !icu_addr_2_0[1] & !icu_addr_2_0[0] |
                         icu_bypass_q & ic_fill_sel[3])
                         & !iu_psr_bm8 | ic_fill_sel[6];

assign	new_valid[8] =   !iu_psr_bm8 & (!icu_bypass_q & dword_align &ic_fill_sel[0]  |  
                          icu_bypass_q & ic_fill_sel[4] ) | ic_fill_sel[7]; 

assign	new_valid[9] =   !iu_psr_bm8 & (!icu_bypass_q & dword_align & ic_fill_sel[1] | 
                          icu_bypass_q & ic_fill_sel[5] );

assign	new_valid[10] =  !iu_psr_bm8 & (!icu_bypass_q & dword_align & ic_fill_sel[2] | 
                          icu_bypass_q & ic_fill_sel[6]); 

assign	new_valid[11] =  !iu_psr_bm8 & (!icu_bypass_q & dword_align & ic_fill_sel[3] | 
                          icu_bypass_q & ic_fill_sel[7]); 

assign	new_valid[12] =  !iu_psr_bm8 & (!icu_bypass_q & dword_align & ic_fill_sel[4] | 
                          icu_bypass_q & ic_fill_sel[8]); 

assign	new_valid[13] =  !iu_psr_bm8 & (!icu_bypass_q & dword_align & ic_fill_sel[5] | 
                          icu_bypass_q & ic_fill_sel[9]);

assign	new_valid[14] =  !iu_psr_bm8 & (!icu_bypass_q & dword_align & ic_fill_sel[6] | 
                          icu_bypass_q & ic_fill_sel[10]); 

assign	new_valid[15] =  !iu_psr_bm8 & (!icu_bypass_q & dword_align & ic_fill_sel[7] | 
                          icu_bypass_q & ic_fill_sel[11]); 

// new_dirty[x] will be one if:
//	. ic_dout_sel[x-1] is 1 and iu_psr_bm8 is 1 or
//	. ic_dout_sel[x:x-3] is 1 and !iu_psr_bm8

assign	new_dirty[0] = icu_bypass_q & ic_drty & ic_dout_sel[0];

assign	new_dirty[1] = icu_bypass_q & ic_drty & ( (iu_psr_bm8 & ic_dout_sel[0]) |
						(!iu_psr_bm8 & (|ic_dout_sel[1:0])) );

assign	new_dirty[2] = icu_bypass_q & ic_drty & ( (iu_psr_bm8 & ic_dout_sel[1]) |
						(!iu_psr_bm8 & (|ic_dout_sel[2:0])) );

assign	new_dirty[3] = icu_bypass_q & ic_drty & ( (iu_psr_bm8 & ic_dout_sel[2]) |
						(!iu_psr_bm8 & (|ic_dout_sel[3:0])) );

assign	new_dirty[4] = icu_bypass_q & ic_drty & ( (iu_psr_bm8 & ic_dout_sel[3]) |
						(!iu_psr_bm8 & (|ic_dout_sel[4:1])) );

assign	new_dirty[5] = icu_bypass_q & ic_drty & ( (iu_psr_bm8 & ic_dout_sel[4]) |
						(!iu_psr_bm8 & (|ic_dout_sel[5:2])) );

assign	new_dirty[6] = icu_bypass_q & ic_drty & ( (iu_psr_bm8 & ic_dout_sel[5]) |
						(!iu_psr_bm8 & (|ic_dout_sel[6:3])) );

assign	new_dirty[7] = icu_bypass_q & ic_drty & ( (iu_psr_bm8 & ic_dout_sel[6]) |
						(!iu_psr_bm8 & (|ic_dout_sel[7:4])) );

assign	new_dirty[8] = icu_bypass_q & ic_drty & ( (iu_psr_bm8 & ic_dout_sel[7]) |
						(!iu_psr_bm8 & (|ic_dout_sel[8:5])) );

assign	new_dirty[9] = icu_bypass_q & ic_drty & ( (iu_psr_bm8 & ic_dout_sel[8]) |
						(!iu_psr_bm8 & (|ic_dout_sel[9:6])) );

assign	new_dirty[10] = icu_bypass_q & ic_drty & ( (iu_psr_bm8 & ic_dout_sel[9]) |
						(!iu_psr_bm8 & (|ic_dout_sel[10:7])) );

assign	new_dirty[11] = icu_bypass_q & ic_drty & ( (iu_psr_bm8 & ic_dout_sel[10]) |
						(!iu_psr_bm8 & (|ic_dout_sel[11:8])) );

assign	new_dirty[12] = icu_bypass_q & ic_drty & ( (iu_psr_bm8 & ic_dout_sel[11]) |
						(!iu_psr_bm8 & (|ic_dout_sel[11:9] |
								ic_dout_sel_ext[0]) ));

assign	new_dirty[13] = icu_bypass_q & ic_drty & ( (iu_psr_bm8 & ic_dout_sel_ext[0]) |
						(!iu_psr_bm8 & (|ic_dout_sel[11:10] | 
								(|ic_dout_sel_ext[1:0]))) );

assign	new_dirty[14] = icu_bypass_q & ic_drty & ( (iu_psr_bm8 & ic_dout_sel_ext[1]) |
						(!iu_psr_bm8 & (ic_dout_sel[11] | 
								(|ic_dout_sel_ext[2:0]))) );

assign	new_dirty[15] = icu_bypass_q & ic_drty & ( (iu_psr_bm8 & ic_dout_sel_ext[2]) |
						(!iu_psr_bm8 & (|ic_dout_sel_ext[3:0])) );

// To locate the first location of cache fill.
// ex: ic_dout_sel[x] indicates the first byte of data from cache will be written into x location
// of ibuffer.
assign ic_dout_sel[0]  = !valid[0];
assign ic_dout_sel[1]  = valid[0]&!valid[1] ;
assign ic_dout_sel[2]  = valid[1]&!valid[2] ;
assign ic_dout_sel[3]  = valid[2]&!valid[3] ;
assign ic_dout_sel[4]  = valid[3]&!valid[4] ;
assign ic_dout_sel[5]  = valid[4]&!valid[5] ;
assign ic_dout_sel[6]  = valid[5]&!valid[6] ;
assign ic_dout_sel[7]  = valid[6]&!valid[7] ;
assign ic_dout_sel[8]  = valid[7]&!valid[8] ;
assign ic_dout_sel[9]  = valid[8]&!valid[9] ;
assign ic_dout_sel[10] = valid[9]&!valid[10] ;
assign ic_dout_sel[11] = valid[10]&!valid[11] ;
assign ic_dout_sel_ext[0] = valid[11]&!valid[12] ;
assign ic_dout_sel_ext[1] = valid[12]&!valid[13] ;
assign ic_dout_sel_ext[2] = valid[13]&!valid[14] ;
assign ic_dout_sel_ext[3] = valid[14]&!valid[15] ;

// Generate ibuf_full signal:
//

// mj_h_mux8  ibuf_full_mux1 (	.mx_out(curr_valid_bit),
//				.in0(valid[8]),
//				.in1(valid[9]),
//				.in2(valid[10]),
//				.in3(valid[11]),
//				.in4(valid[12]),
//				.in5(valid[13]),
//				.in6(valid[14]),
//				.in7(valid[15]),
//				.sel(iu_shift_d[7:0]),
//				.sel_l(~iu_shift_d[7:0])
//				);
//
// wire    curr_valid_bit_bypass;
//
// mj_h_mux8  ibuf_full_mux2 (	.mx_out(curr_valid_bit_bypass),
//				.in0(valid[12]),
//				.in1(valid[13]),
//				.in2(valid[14]),
//				.in3(valid[15]),
//				.in4(1'b0),
//				.in5(1'b0),
//				.in6(1'b0),
//				.in7(1'b0),
//				.sel(iu_shift_d[7:0]),
//				.sel_l(~iu_shift_d[7:0])
//				);

// Single byte mode is not optimized for performance
// To simplify the design, ibuf_full is asserted when
// when ibuffer is half full at boot mode.

// assign ibuf_full  = (curr_valid_bit_bypass | 
//                     (!icu_bypass_q & curr_valid_bit & icu_hit) |
//                     (iu_psr_bm8 & curr_valid_bit) ) & !squash_vld;

ff_sr	squash_vld_reg(.out(squash_vld),
			.din(jmp_e),
			.clk(clk),
			.reset_l(reset_l));

 assign ibuf_full  = (valid[12]|(!icu_bypass_q|iu_psr_bm8) & valid[8]) & !squash_vld;

// Generate  icu_vld_d and icu_drty_d outputs

assign icu_vld_d[6:0] = valid[6:0] ; 
assign icu_drty_d[6:0] = dirty[6:0];


// Generate encod_shift_e, instead of encod_shift_d
// to improve timing for the path shift 

wire [7:0] iu_shift_e;

mj_s_ff_snr_d_8 iu_shift_e_reg (	.out(iu_shift_e[7:0]),
				        .din(iu_shift_d[7:0]),
				        .clk(clk),
			        	.reset_l(reset_l)
					);

wire [2:0] encod_shift_e;

encode_shift_module i_encode_shift_module
                    (.iu_shift_e(iu_shift_e),
		     .encod_shift_e(encod_shift_e)
                    );

// Generate ibuf_pc_sel

assign ibuf_pc_sel[1]	=  squash_vld;
assign ibuf_pc_sel[0]	= !squash_vld;



endmodule // ibuf_ctl


module encode_shift_module( iu_shift_e, encod_shift_e); 

input [7:0] iu_shift_e;
output [2:0] encod_shift_e;

assign encod_shift_e =
    iu_shift_e == 8'b0000000x ? 3'b000 :
    iu_shift_e == 8'b00000010 ? 3'b001 :
    iu_shift_e == 8'b00000100 ? 3'b010 :
    iu_shift_e == 8'b00001000 ? 3'b011 :
    iu_shift_e == 8'b00010000 ? 3'b100 :
    iu_shift_e == 8'b00100000 ? 3'b101 :
    iu_shift_e == 8'b01000000 ? 3'b110 :
    iu_shift_e == 8'b10000000 ? 3'b111 : 3'b000;

endmodule // encode_shift_module
		

/****************************************************************
***     This module defines one slice ibuffer control which will
***     be instantiated in the ibuffer control.
****************************************************************/

module ibuf_ctl_slice (

	valid_bits,
	dirty_bits,
	shft_dsel,
	valid_out,
	dirty_out,
	new_valid,
	icu_stall,
	fill_sel,
	ibuf_en,
	new_dirty,
	buf_ic_drty,
	buf_ic_valid,
	jmp_e,
	reset_l,
	clk
);

input	[6:0]	valid_bits;		// Valid bits from the following 7 buffers	-- From ibuf_ctl
input	[6:0]	dirty_bits;		// Dirty bits from the following 7 buffers	-- From ibuf_ctl
					// until Icache is accessed succesfully
input	[7:0]	shft_dsel;		// These selects will determine which of the    -- From ibuf_ctl
                                        // following 7 valid bits will be selected
					// The last bit indicates that it's a stall
input		jmp_e;
input		ibuf_en;
input		icu_stall;
output		fill_sel;
output		valid_out;		// Valid bit o/p
output		dirty_out;		// Dirty bit o/p
input		new_valid;		// Internal control signal
					// icache or follwoing 5 buffers
input		new_dirty;			// This indicates that Icache data is dirty	-- From iu
output		buf_ic_drty;
output		buf_ic_valid;
input		reset_l;
input		clk;

	
wire	valid_in;
wire	dirty_in;

// buf_ic_valid is one if either teh current ibuffer entry is valid
// or the icache entry into the current one is valid

assign buf_ic_valid = (valid_out | new_valid&!icu_stall);
assign buf_ic_drty = (dirty_out | new_dirty&!icu_stall);

mux8  valid_mux (	.out(valid_in),
			.in0(buf_ic_valid),
			.in1(valid_bits[0]),
			.in2(valid_bits[1]),
			.in3(valid_bits[2]),
			.in4(valid_bits[3]),
			.in5(valid_bits[4]),
			.in6(valid_bits[5]),
			.in7(valid_bits[6]),
			.sel(shft_dsel)
			);

mux8  dirty_mux (	.out(dirty_in),
			.in0(buf_ic_drty),	
			.in1(dirty_bits[0]),	
			.in2(dirty_bits[1]),	
			.in3(dirty_bits[2]),	
			.in4(dirty_bits[3]),	
			.in5(dirty_bits[4]),	
			.in6(dirty_bits[5]),	
			.in7(dirty_bits[6]),	
			.sel(shft_dsel)
			);

// If shifted bit is not 1
assign	fill_sel  =  valid_out ;

mj_s_ff_snre_d  valid_flop (	.out(valid_out),
				.in(valid_in&!jmp_e),
				.clk(clk),
				.reset_l(reset_l),
				.lenable(ibuf_en)
				);

mj_s_ff_snre_d  dirty_flop (	.out(dirty_out),
				.in(dirty_in&!jmp_e),
				.clk(clk),
				.reset_l(reset_l),
				.lenable(ibuf_en)
				);

endmodule // ibuf_ctl_slice


module ff_sr(out, din, reset_l, clk) ;
    output   out;
    input    din;
    input    clk;
    input    reset_l;
 
mj_s_ff_snr_d  mj_s_ff_snr_d_0 (        .out(out),
                                        .in(din),
                                        .reset_l(reset_l),
                                        .clk(clk)
                                        );
endmodule // ff_sr


module mj_s_ff_snre_d(out,in, lenable,reset_l, clk);
output out;
input clk;
input lenable;
input reset_l;
input in;

reg out;

initial out = 0;

always @(posedge clk)
        if (~reset_l) 
	out = 1'b0;
	else
    	if (lenable)
            out = in;
        else
            out = out;

endmodule // mj_s_ff_snre_d


module mj_s_ff_snr_d(out,in, reset_l, clk);
output out;
input clk;
input reset_l;
input in;

reg out;

initial out = 0;

always @(posedge clk)
        if (~reset_l)
            out = 1'b0;
        else
            out = in;

endmodule // mj_s_ff_snr_d


module mj_s_ff_s_d(out,in, clk);
output out;
input clk;
input in;

reg out;

initial out = 0;

always @(posedge clk)
            out = in;

endmodule // mj_s_ff_s_d


module mj_s_ff_snr_d_8 (out, din, reset_l,clk);
    output  [7:0]  out;
    input   [7:0]  din;
    input           clk;
    input           reset_l;

    mj_s_ff_snr_d    mj_s_ff_snr_d_0(.out(out[0]), .in(din[0]), .reset_l(reset_l),.clk(clk));
    mj_s_ff_snr_d    mj_s_ff_snr_d_1(.out(out[1]), .in(din[1]), .reset_l(reset_l),.clk(clk));
    mj_s_ff_snr_d    mj_s_ff_snr_d_2(.out(out[2]), .in(din[2]), .reset_l(reset_l),.clk(clk));
    mj_s_ff_snr_d    mj_s_ff_snr_d_3(.out(out[3]), .in(din[3]), .reset_l(reset_l),.clk(clk));
    mj_s_ff_snr_d    mj_s_ff_snr_d_4(.out(out[4]), .in(din[4]), .reset_l(reset_l),.clk(clk));
    mj_s_ff_snr_d    mj_s_ff_snr_d_5(.out(out[5]), .in(din[5]), .reset_l(reset_l),.clk(clk));
    mj_s_ff_snr_d    mj_s_ff_snr_d_6(.out(out[6]), .in(din[6]), .reset_l(reset_l),.clk(clk));
    mj_s_ff_snr_d    mj_s_ff_snr_d_7(.out(out[7]), .in(din[7]), .reset_l(reset_l),.clk(clk));

endmodule // mj_s_ff_snr_d_8


module mux8 (
    out,
    in7,
    in6,
    in5,
    in4,
    in3,
    in2,
    in1,
    in0,
    sel
    );

    output out;
    input in7;
    input in6;
    input in5;
    input in4;
    input in3;
    input in2;
    input in1;
    input in0;
    input [7:0] sel;

assign out =
    sel[7] ? in7 :
    sel[6] ? in6 :
    sel[5] ? in5 :
    sel[4] ? in4 :
    sel[3] ? in3 :
    sel[2] ? in2 :
    sel[1] ? in1 :
    sel[0] ? in0 : 1'b0;

endmodule // mux8


module ff_sre(out, din, enable, reset_l, clk) ;
    output   out;
    input    din;
    input    clk;
    input    reset_l;
    input    enable;
 
mj_s_ff_snre_d  mj_s_ff_snre_d_0 (      .out(out),
                                        .in(din), 
                                        .lenable(enable),
                                        .reset_l(reset_l),
                                        .clk(clk)
                                        );
endmodule // ff_sre